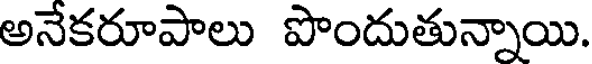
అనేకరూపాలు పొందుతున్నాయి.